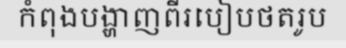
កំពុងបង្ហាញពីរបៀបថតរូប